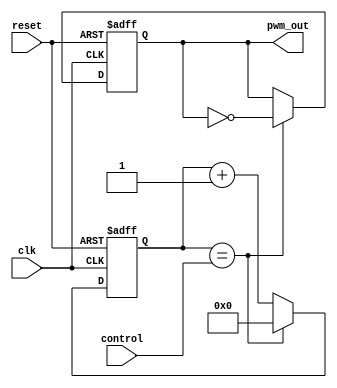
module PWM_Pulse_Generator(
    input wire clk,
    input wire reset,
    input wire control,
    output reg pwm_out
);

reg [7:0] counter;

always @ (posedge clk or posedge reset) begin
    if (reset) begin
        counter <= 8'b0;
        pwm_out <= 1'b0;
    end else begin
        if (counter == control) begin
            counter <= 8'b0;
            pwm_out <= ~pwm_out;
        end else begin
            counter <= counter + 1;
        end
    end
end

endmodule